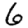
Digit: 6